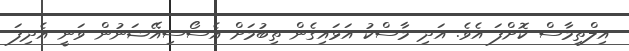
އިލްތިމާސް ކޮށްފަ އެވެ. އަދި މާސްކު އަޅައިގެން ތިބުމަށް އެސޯސިއޭޝަނުން ވަނީ އެދިފަ